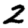
Digit: 2